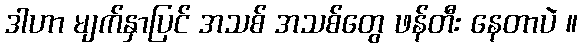
ဒါဟာ မျက်နှာပြင် အသစ် အသစ်တွေ ဖန်တီး နေတာပဲ ။